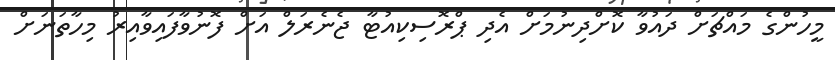
މީހުންގެ މައްޗަށް ދައުވާ ކޮށްދިނުމަށް އެދި ޕްރޮސިކިއުޓާ ޖެނެރަލް އަށް ފޮނުވާފައިވާއިރު މިހާތަނަށް